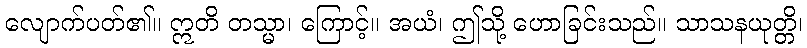
လျောက်ပတ်၏။ ဣတိ တသ္မာ၊ ကြောင့်။ အယံ၊ ဤသို့ ဟောခြင်းသည်။ သာသနယုတ္တိ၊